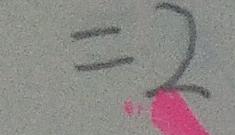
= 2